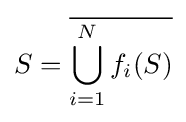
S={\overline {\bigcup _{i=1}^{N}f_{i}(S)}}